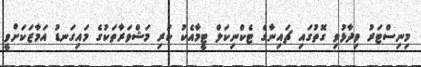
މިނިސްޓަރު ވިދާޅުވި ގޮތުގައި ޗައިނާގެ ޓެކްނިކަލް ޓީމާއެކު ކުރި މަޝްވަރާތަކުގެ މައިގަނޑު އަމާޒަކަށްވީ